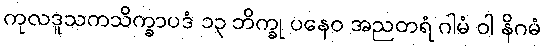
ကုလဒူသကသိက္ခာပဒံ ၁၃ ဘိက္ခု ပနေဝ အညတရံ ဂါမံ ဝါ နိဂမံ